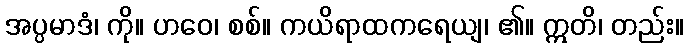
အပ္ပမာဒံ၊ ကို။ ဟဝေ၊ စစ်။ ကယိရာထကရေယျ၊ ၏။ ဣတိ၊ တည်း။